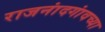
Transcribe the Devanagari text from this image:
राजनांदगांवच्या